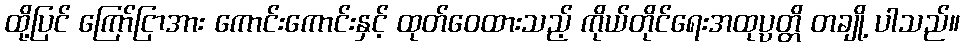
ထို့ပြင် ကြော်ငြာအား ကောင်းကောင်းနှင့် ထုတ်ဝေထားသည့် ကိုယ်တိုင်ရေးအထုပ္ပတ္တိ တချို့ ပါသည်။